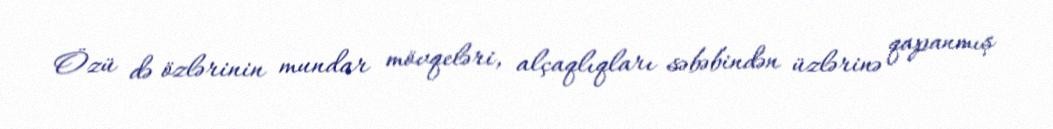
Özü də özlərinin mundar mövqeləri, alçaqlıqları səbəbindən üzlərinə qapanmış